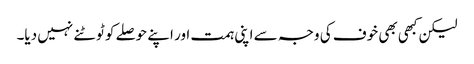
لیکن کبھی بھی خوف کی وجہ سے اپنی ہمت اور اپنے حوصلے کو ٹوٹنے نہیں دیا۔